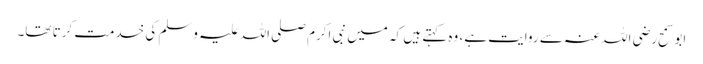
ابو سمح رضی اللہ عنہ سے روایت ہے، وہ کہتے ہیں کہ میں نبی اکرم صلی اللہ علیہ وسلم کی خدمت کرتا تھا۔